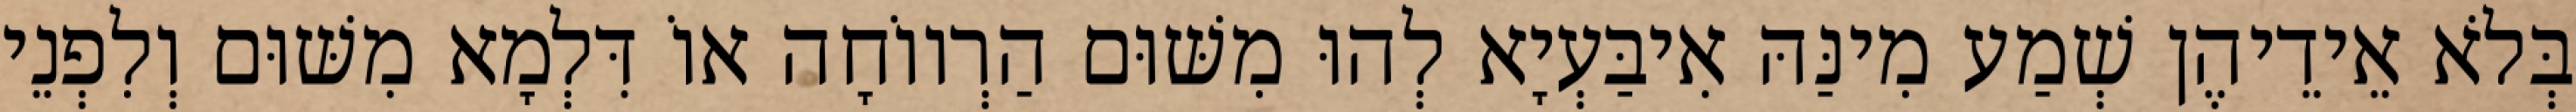
בְּלֹא אֵידֵיהֶן שְׁמַע מִינַּהּ אִיבַּעְיָא לְהוּ מִשּׁוּם הַרְווֹחָה אוֹ דִּלְמָא מִשּׁוּם וְלִפְנֵי